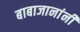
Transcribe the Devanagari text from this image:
बाबाजानांनी